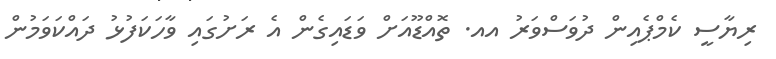
ރިޔާސީ ކެމްޕެއިން ދުވަސްވަރު އއ. ތޮއްޑޫއަށް ވަޑައިގެން އެ ރަށުގައި ވާހަކަފުޅު ދައްކަވަމުން